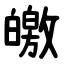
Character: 皦